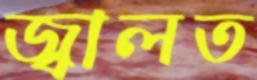
জ্বালত